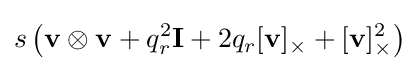
s\left(\mathbf {v} \otimes \mathbf {v} +q_{r}^{2}\mathbf {I} +2q_{r}[\mathbf {v} ]_{\times }+[\mathbf {v} ]_{\times }^{2}\right)